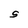
Character: S